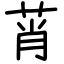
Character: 莦